Vaccination report Assam 1896-1927 - 1896-1927
Year: 1896
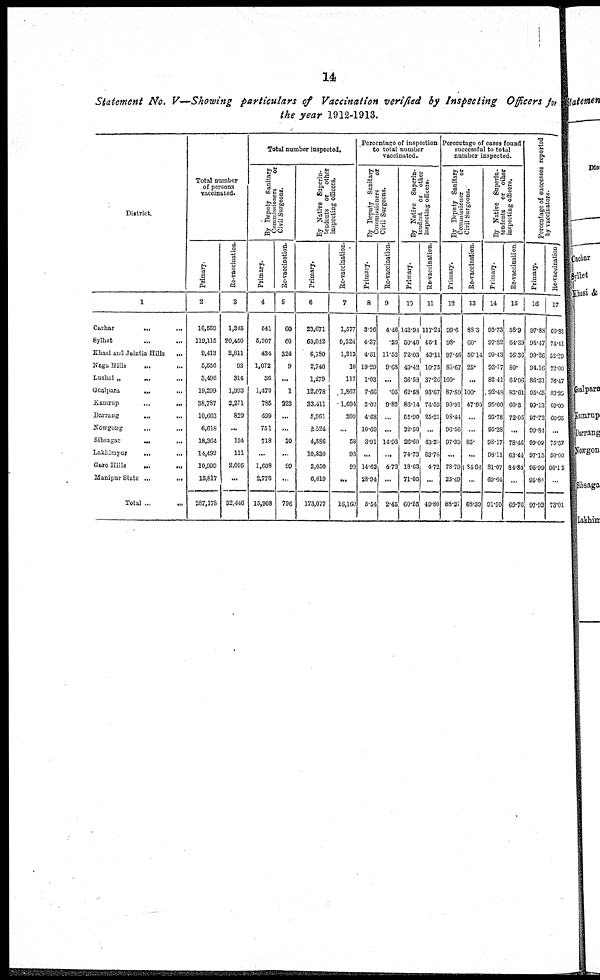
14
Statement No. V—Showing particulars of Vaccination verified by Inspecting Officers for
the year 1912-1913.
District.
1
Cachar
...
...
Sylhat ... ...
Khasi and Jaintia Hills
...
Naga Hills
...
...
Lushai „
... ...
Goalpara
...
...
Kamrup
...
...
Darrang
...
...
Nowgong
...
...
Sibsagar
....
...
Lakhimpur
... ...
Garo Hills
... ...
Manipur State ...
...
Total ...
...
Total number
of persons
vaccinated.
Primary.
2
16,559
119,115
9,413
5,556
3,496
19,299
38,787
10,663
6,618
18,364
14,492
10,999
13,817
287,178
Re-vaccination.
3
1,345
20,450
2,811
93
314
1,993
2,271
829
...
134
111
2,095
...
32,446
Total number inspected.
By Deputy Sanitary
Commissioners
or
Civil Surgeons.
Primary.
4
541
5,207
434
1,072
36
1,479
785
499
751
718
...
1,608
2,778
15,908
Re-vaccination.
5
60
60
324
9
...
1
223
...
...
20
...
99
...
796
By Native Superin-
------ts or other
inspecting officers.
Primary.
6
23,671
60,042
6,780
2,748
1,279
12,078
33,411
5,961
2,524
4,886
10,830
2,050
6,819
173,077
Re-vaccination.
7
1,577
9,224
1,213
10
117
1,867
1,694
209
...
58
93
99
...
16,160
Percentage of inspection
to total number
vaccinated.
By Deputy Sanitary
Commissioners
or
Civil Surgeons.
Primary.
8
3.26
4.37
4.81
19.20
1.03
7.66
2.02
4.88
10.69
3.91
...
14.62
28.94
5.54
Re-vaccination.
9
4.46
.89
11.52
9.68
...
.05
9.82
...
...
11.92
...
4.72
...
2.45
By Native Superin-
tendent or other
inspecting officers.
Primary.
10
142.94
50.40
72.03
49.42
36.58
62.58
86.14
55.90
32.50
26.60
74.73
18.63
71.05
60.20
Re-vaccination.
11
117.24
45.1
43.11
10.75
37.26
93.67
74.59
25.21
...
43.28
83.78
4.72
49.80
Percentage of cases found
successful to total
number inspected.
By Deputy Sanitary
Commissioner
or
Civil Surgeons.
Primary.
12
99.6
98.
97.46
83.67
100.
87.89
90.91
98.44
96.56
97.39
...
78.79
25.49
88.27
Re-vaccination.
13
88.3
60.
56.11
25.
...
100.
47.90
...
...
85.
...
81.84
...
68.39
By Native Superin-
tendents or other
inspecting officers.
Primary.
14
95.73
97.82
93.43
93.77
82.41
92.48
95.00
95.78
95.28
98.17
98.11
81.07
69.64
91.90
Re-vaccination
15
58.9
64.39
56.36
80.
61.96
83.61
60.3
72.05
...
78.46
63.44
84.84
...
69.76
Percentage of successes reported
by vaccinators.
Primary.
16
97.88
98.17
99.26
94.16
86.31
95.65
99.13
97.72
99.84
99.09
97.13
95.99
95.85
97.92
Re-vaccination
17
80.83
74.11
52.20
72.00
76.47
83.29
69.00
66.95
...
75.37
50.00
96.12
...
73.01